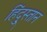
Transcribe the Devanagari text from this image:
हिंदु्स्तान